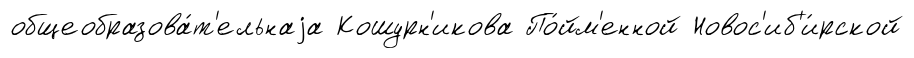
общеобразова́т'ельнаjа Кошурн'икова По́йм'енной Новос'иб'и́рской